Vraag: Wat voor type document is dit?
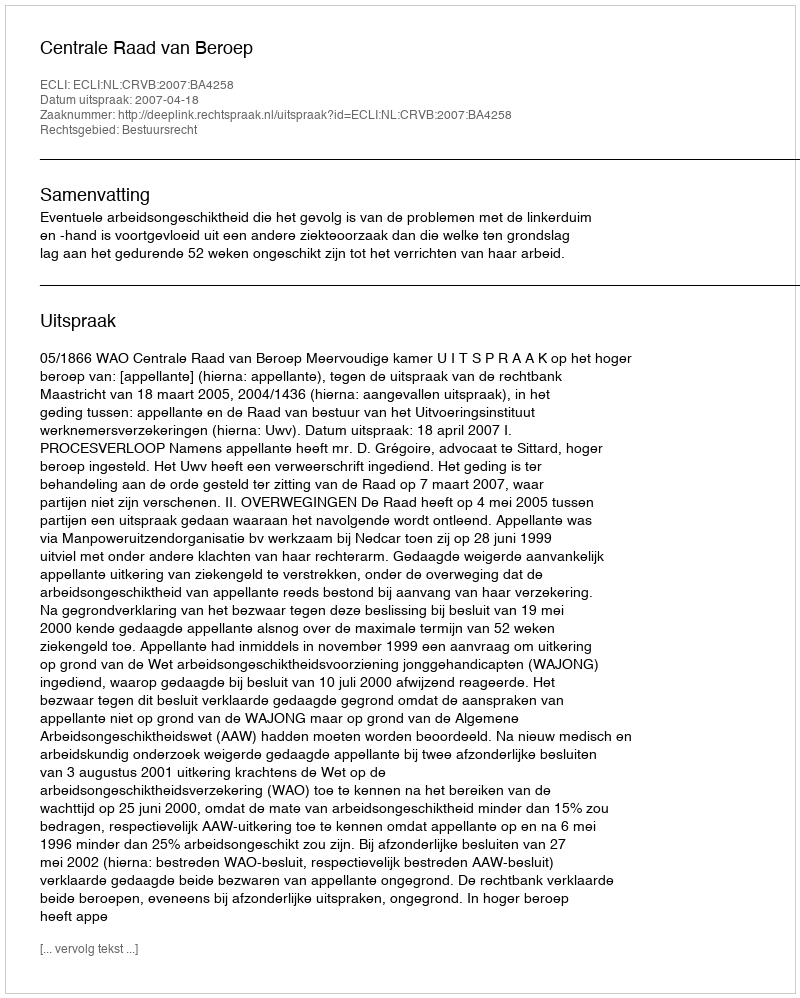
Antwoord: Uitspraak